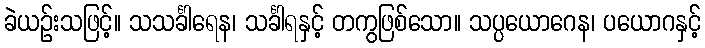
ခဲယဉ်းသဖြင့်။ သသင်္ခါရေန၊ သင်္ခါရနှင့် တကွဖြစ်သော။ သပ္ပယောဂေန၊ ပယောဂနှင့်